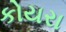
કોયરા